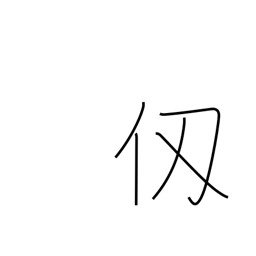
Meaning: fathom